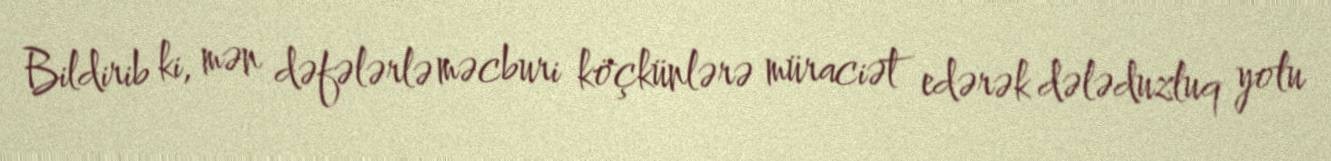
Bildirib ki, mən dəfələrlə məcburi köçkünlərə müraciət edərək dələduzluq yolu